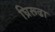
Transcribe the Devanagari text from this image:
घ्रिरूढा